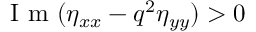
\mathrm { ~ I ~ m ~ } ( \eta _ { x x } - q ^ { 2 } \eta _ { y y } ) > 0